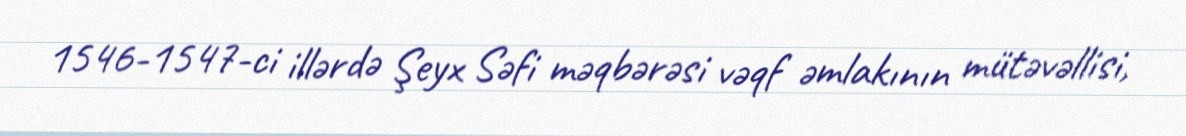
1546-1547-ci illərdə Şeyx Səfi məqbərəsi vəqf əmlakının mütəvəllisi,